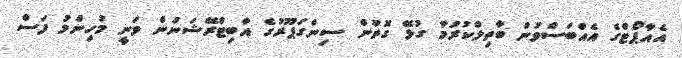
އެއާޕޯޓްގެ އެއްބަސްވުން ބާތިލްކުރުމާ ގުޅޭ ގޮތުން ސިންގަޕޫރުގެ އާބިޓްރޭޝަނުން ވަނީ މުހިންމު ފަސް